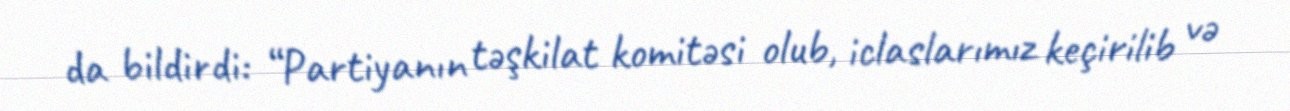
da bildirdi: “Partiyanın təşkilat komitəsi olub, iclaslarımız keçirilib və